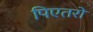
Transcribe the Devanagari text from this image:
पिएतरों